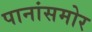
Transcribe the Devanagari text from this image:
पानांसमोर